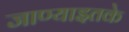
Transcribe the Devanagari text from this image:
जाण्याइतके